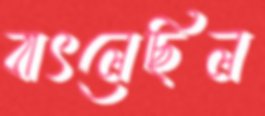
বাৎলেছিল